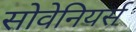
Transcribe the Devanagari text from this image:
सोवेनियर्स